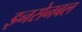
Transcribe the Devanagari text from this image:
इनसेनबल